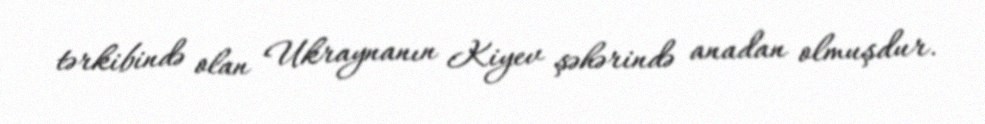
tərkibində olan Ukraynanın Kiyev şəhərində anadan olmuşdur.